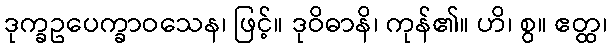
ဒုက္ခဥပေက္ခာဝသေန၊ ဖြင့်။ ဒုဝိဓာနိ၊ ကုန်၏။ ဟိ၊ စွ။ ဧတ္ထ၊